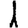
Digit: 1